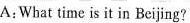
A:What time is it in Beijing?